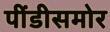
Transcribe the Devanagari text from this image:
पींडीसमोर